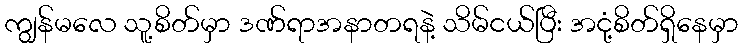
ကျွန်မလေ သူ့စိတ်မှာ ဒဏ်ရာအနာတရနဲ့ သိမ်ငယ်ပြီး အငုံ့စိတ်ရှိနေမှာ